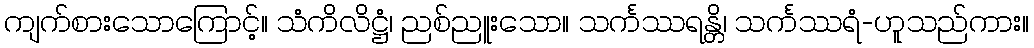
ကျက်စားသောကြောင့်။ သံကိလိဋ္ဌံ၊ ညစ်ညူးသော။ သင်္ကဿရန္တိ၊ သင်္ကဿရံ-ဟူသည်ကား။